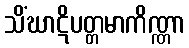
သိံဃာဋိပတ္တမာကိဏ္ဏာ